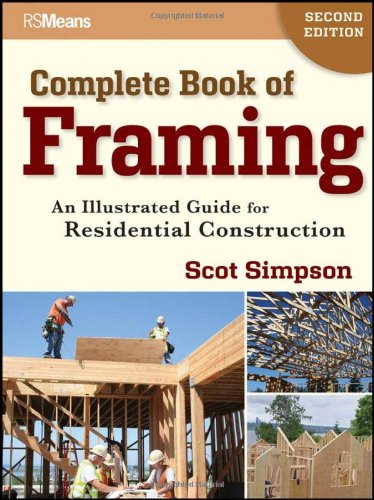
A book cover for Complete Book of Framing: An Illustrated Guide for Residential Construction; Scot Simpson; Engineering & Transportation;